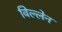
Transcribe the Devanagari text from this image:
विल्लेन